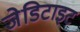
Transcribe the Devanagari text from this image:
जेडिटाइट